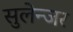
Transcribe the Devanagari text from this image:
सुलेन्जर